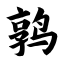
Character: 鹑